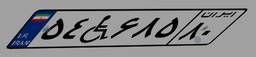
۵۴W۶۸۵۸۰